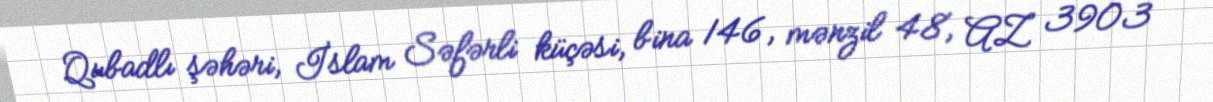
Qubadlı şəhəri, İslam Səfərli küçəsi, bina 146, mənzil 48, AZ 3903